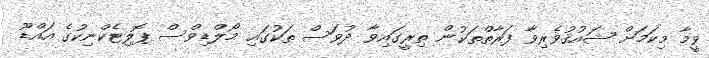
ވީމާ މިކަމަށް ޝައުޤުވެރިވާ ފަރާތްތަކުން ތިރީގައިވާ ދުވަސް ތަކުގައި މޯލްޑިވްސް ޕޮލިޓެކްނިކުގެ އައްޑޫ